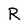
Character: R